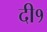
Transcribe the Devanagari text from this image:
दी१